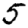
Digit: 5